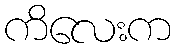
ကိလေးက